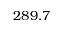
2 8 9 . 7